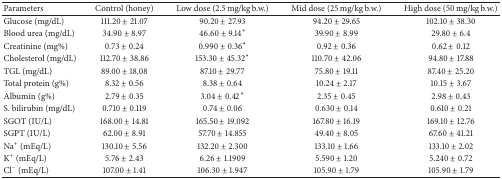
<table><thead><tr><td><b>Parameters</b></td><td><b>Control (honey)</b></td><td><b>Low dose (2.5 mg/kg b.w.)</b></td><td><b>Mid dose (25 mg/kg b.w.)</b></td><td><b>High dose (50 mg/kg b.w.)</b></td></tr></thead><tbody><tr><td>Glucose (mg/dL)</td><td>111.20 ± 21.07</td><td>90.20 ± 27.93</td><td>94.20 ± 29.65</td><td>102.10 ± 38.30</td></tr><tr><td>Blood urea (mg/dL)</td><td>34.90 ± 8.97</td><td>46.60 ± 9.14<sup>*</sup></td><td>39.90 ± 8.99</td><td>29.80 ± 6.4</td></tr><tr><td>Creatinine (mg%)</td><td>0.73 ± 0.24</td><td>0.990 ± 0.36<sup>*</sup></td><td>0.92 ± 0.36</td><td>0.62 ± 0.12</td></tr><tr><td>Cholesterol (mg/dL)</td><td>112.70 ± 38.86</td><td>153.30 ± 45.32<sup>*</sup></td><td>110.70 ± 42.06</td><td>94.80 ± 17.88</td></tr><tr><td>TGL (mg/dL)</td><td>89.00 ± 18.08</td><td>87.10 ± 29.77</td><td>75.80 ± 19.11</td><td>87.40 ± 25.20</td></tr><tr><td>Total protein (g%)</td><td>8.32 ± 0.56</td><td>8.38 ± 0.64</td><td>10.24 ± 2.17</td><td>10.15 ± 3.67</td></tr><tr><td>Albumin (g%)</td><td>2.79 ± 0.35</td><td>3.04 ± 0.42<sup>*</sup></td><td>2.35 ± 0.45</td><td>2.98 ± 0.43</td></tr><tr><td>S. bilirubin (mg/dL)</td><td>0.710 ± 0.119</td><td>0.74 ± 0.06</td><td>0.630 ± 0.14</td><td>0.610 ± 0.21</td></tr><tr><td>SGOT (IU/L)</td><td>168.00 ± 14.81</td><td>165.50 ± 19.092</td><td>167.80 ± 16.19</td><td>169.10 ± 12.76</td></tr><tr><td>SGPT (IU/L)</td><td>62.00 ± 8.91</td><td>57.70 ± 14.855</td><td>49.40 ± 8.05</td><td>67.60 ± 41.21</td></tr><tr><td>Na<sup>+</sup> (mEq/L)</td><td>130.10 ± 5.56</td><td>132.20 ± 2.300</td><td>133.10 ± 1.66</td><td>133.10 ± 2.02</td></tr><tr><td>K<sup>+</sup> (mEq/L)</td><td>5.76 ± 2.43</td><td>6.26 ± 1.1909</td><td>5.590 ± 1.20</td><td>5.240 ± 0.72</td></tr><tr><td>Cl<sup>−</sup> (mEq/L)</td><td>107.00 ± 1.41</td><td>106.30 ± 1.947</td><td>105.90 ± 1.79</td><td>105.90 ± 1.79</td></tr></tbody></table>